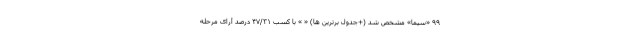
۹۹ «سیما» مشخص شد (+جدول برترین ها) « » با کسب ۴۷/۳۱ درصد آرای مرحله